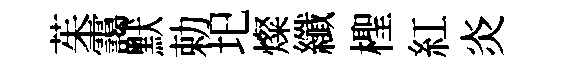
茱靄默勅圯燦纖檉紅炎